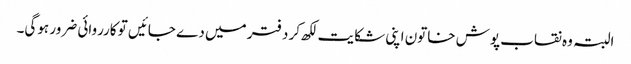
البتہ وہ نقاب پوش خاتون اپنی شکایت لکھ کر دفتر میں دے جائیں تو کارروائی ضرور ہوگی۔